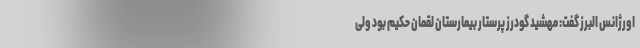
اورژانس البرز گفت: مهشید گودرز پرستار بیمارستان لقمان حکیم بود ولی